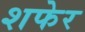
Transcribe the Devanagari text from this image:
शफेर